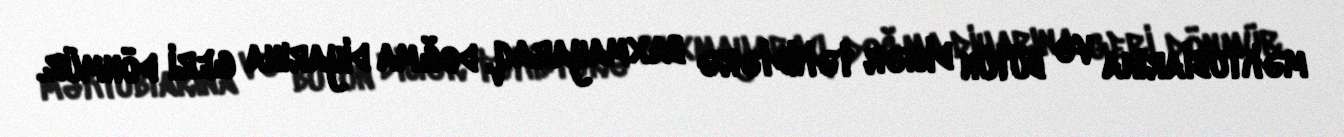
məktublarına və bütün digər təkidlərə baxmayaraq, doğma diyarına geri dönmür.